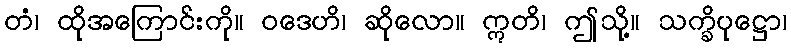
တံ၊ ထိုအကြောင်းကို။ ဝဒေဟိ၊ ဆိုလော။ ဣတိ၊ ဤသို့။ သက္ခိပုဋ္ဌော၊